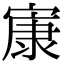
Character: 㝩